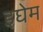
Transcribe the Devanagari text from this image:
इघेम